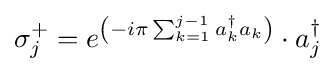
\sigma _{j}^{+}=e^{\left(-i\pi \sum _{k=1}^{j-1}a_{k}^{\dagger }a_{k}\right)}\cdot a_{j}^{\dagger }